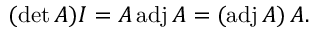
( \operatorname* { d e t } A ) I = A \operatorname { a d j } A = ( \operatorname { a d j } A ) \, A .